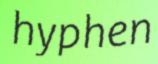
hyphen